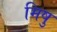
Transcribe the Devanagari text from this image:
मिषु